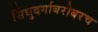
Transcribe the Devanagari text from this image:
सिंधुदर्गाबरोबरच